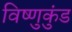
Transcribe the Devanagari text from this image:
विष्णुकुंड